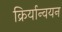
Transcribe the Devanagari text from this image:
क्रिर्यान्वयन